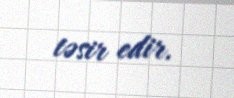
təsir edir.